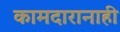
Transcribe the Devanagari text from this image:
कामदारानाही